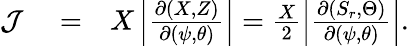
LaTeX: \begin{array}{rlr}{{\cal J}}&{{}=}&{X\left|\frac{\partial(X,Z)}{\partial(\psi,\theta)}\right|=\frac X2\left|\frac{\partial(S_{r},\Theta)}{\partial(\psi,\theta)}\right|.}\end{array}